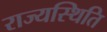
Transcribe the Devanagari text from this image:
राज्यस्थिति